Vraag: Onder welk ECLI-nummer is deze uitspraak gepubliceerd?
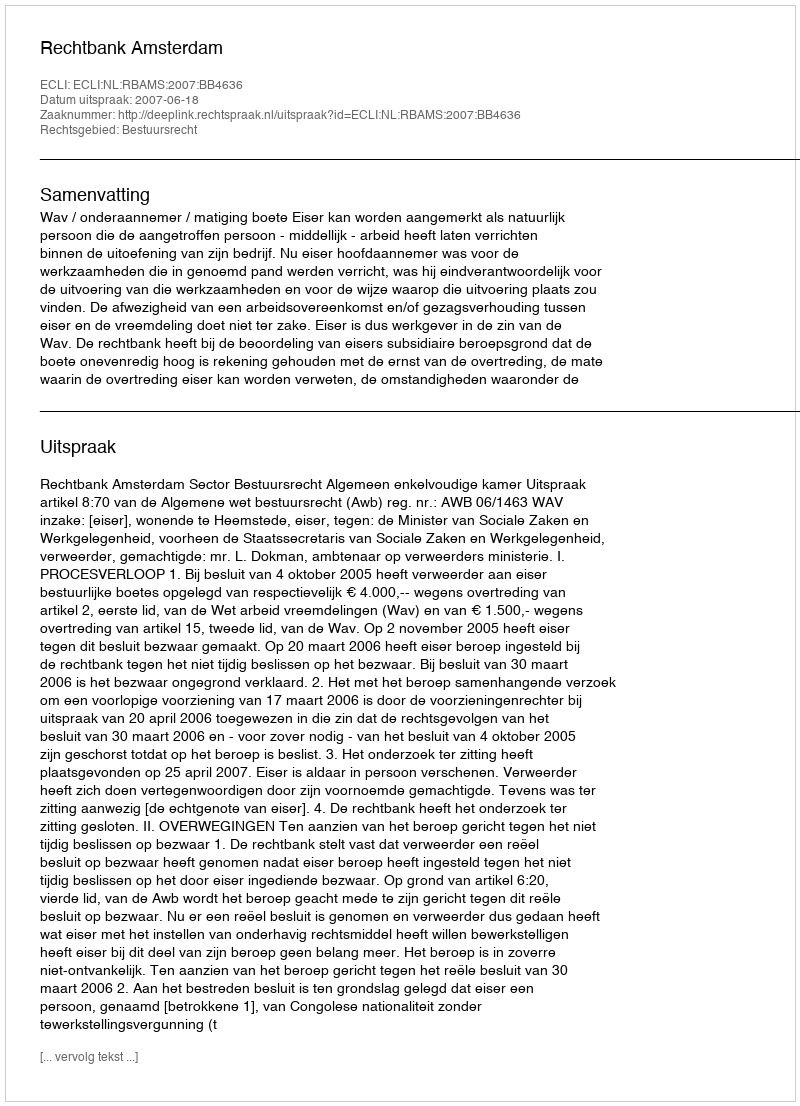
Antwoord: ECLI:NL:RBAMS:2007:BB4636